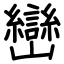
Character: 巒